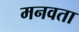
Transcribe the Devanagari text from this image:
मनवता